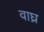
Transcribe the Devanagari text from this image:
वाघ्र